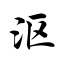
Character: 沤